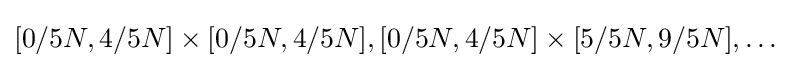
{\textstyle [0/5N,4/5N]\times [0/5N,4/5N],[0/5N,4/5N]\times [5/5N,9/5N],\dots }